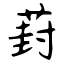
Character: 葑